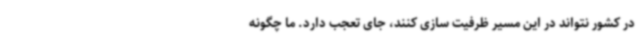
در کشور نتواند در این مسیر ظرفیت سازی کنند، جای تعجب دارد. ما چگونه